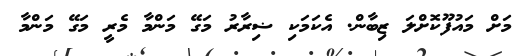
މަށް މައުފޫކޮށްލަ ޒިބާން. އެކަމަކި ޟިރާރު މަގޭ މަންމާ މެރީ މަގޭ މަންމާ